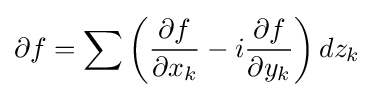
\partial f=\sum \left({\frac {\partial f}{\partial x_{k}}}-i{\frac {\partial f}{\partial y_{k}}}\right)dz_{k}